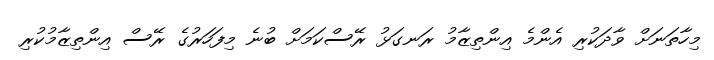
މިހާތަނަށް ވާދަކުރި އެންމެ އިންތިޒާމު ރަނގަޅު ރޭސްކަމަށް ބުނެ މިފަހަރުގެ ރޭސް އިންތިޒާމުކުރި